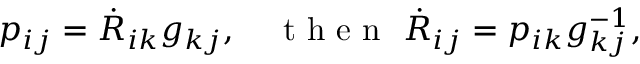
\begin{array} { r } { p _ { i j } = \dot { R } _ { i k } g _ { k j } , \quad \mathrm { ~ t ~ h ~ e ~ n ~ } ~ \dot { R } _ { i j } = p _ { i k } g _ { k j } ^ { - 1 } , } \end{array}